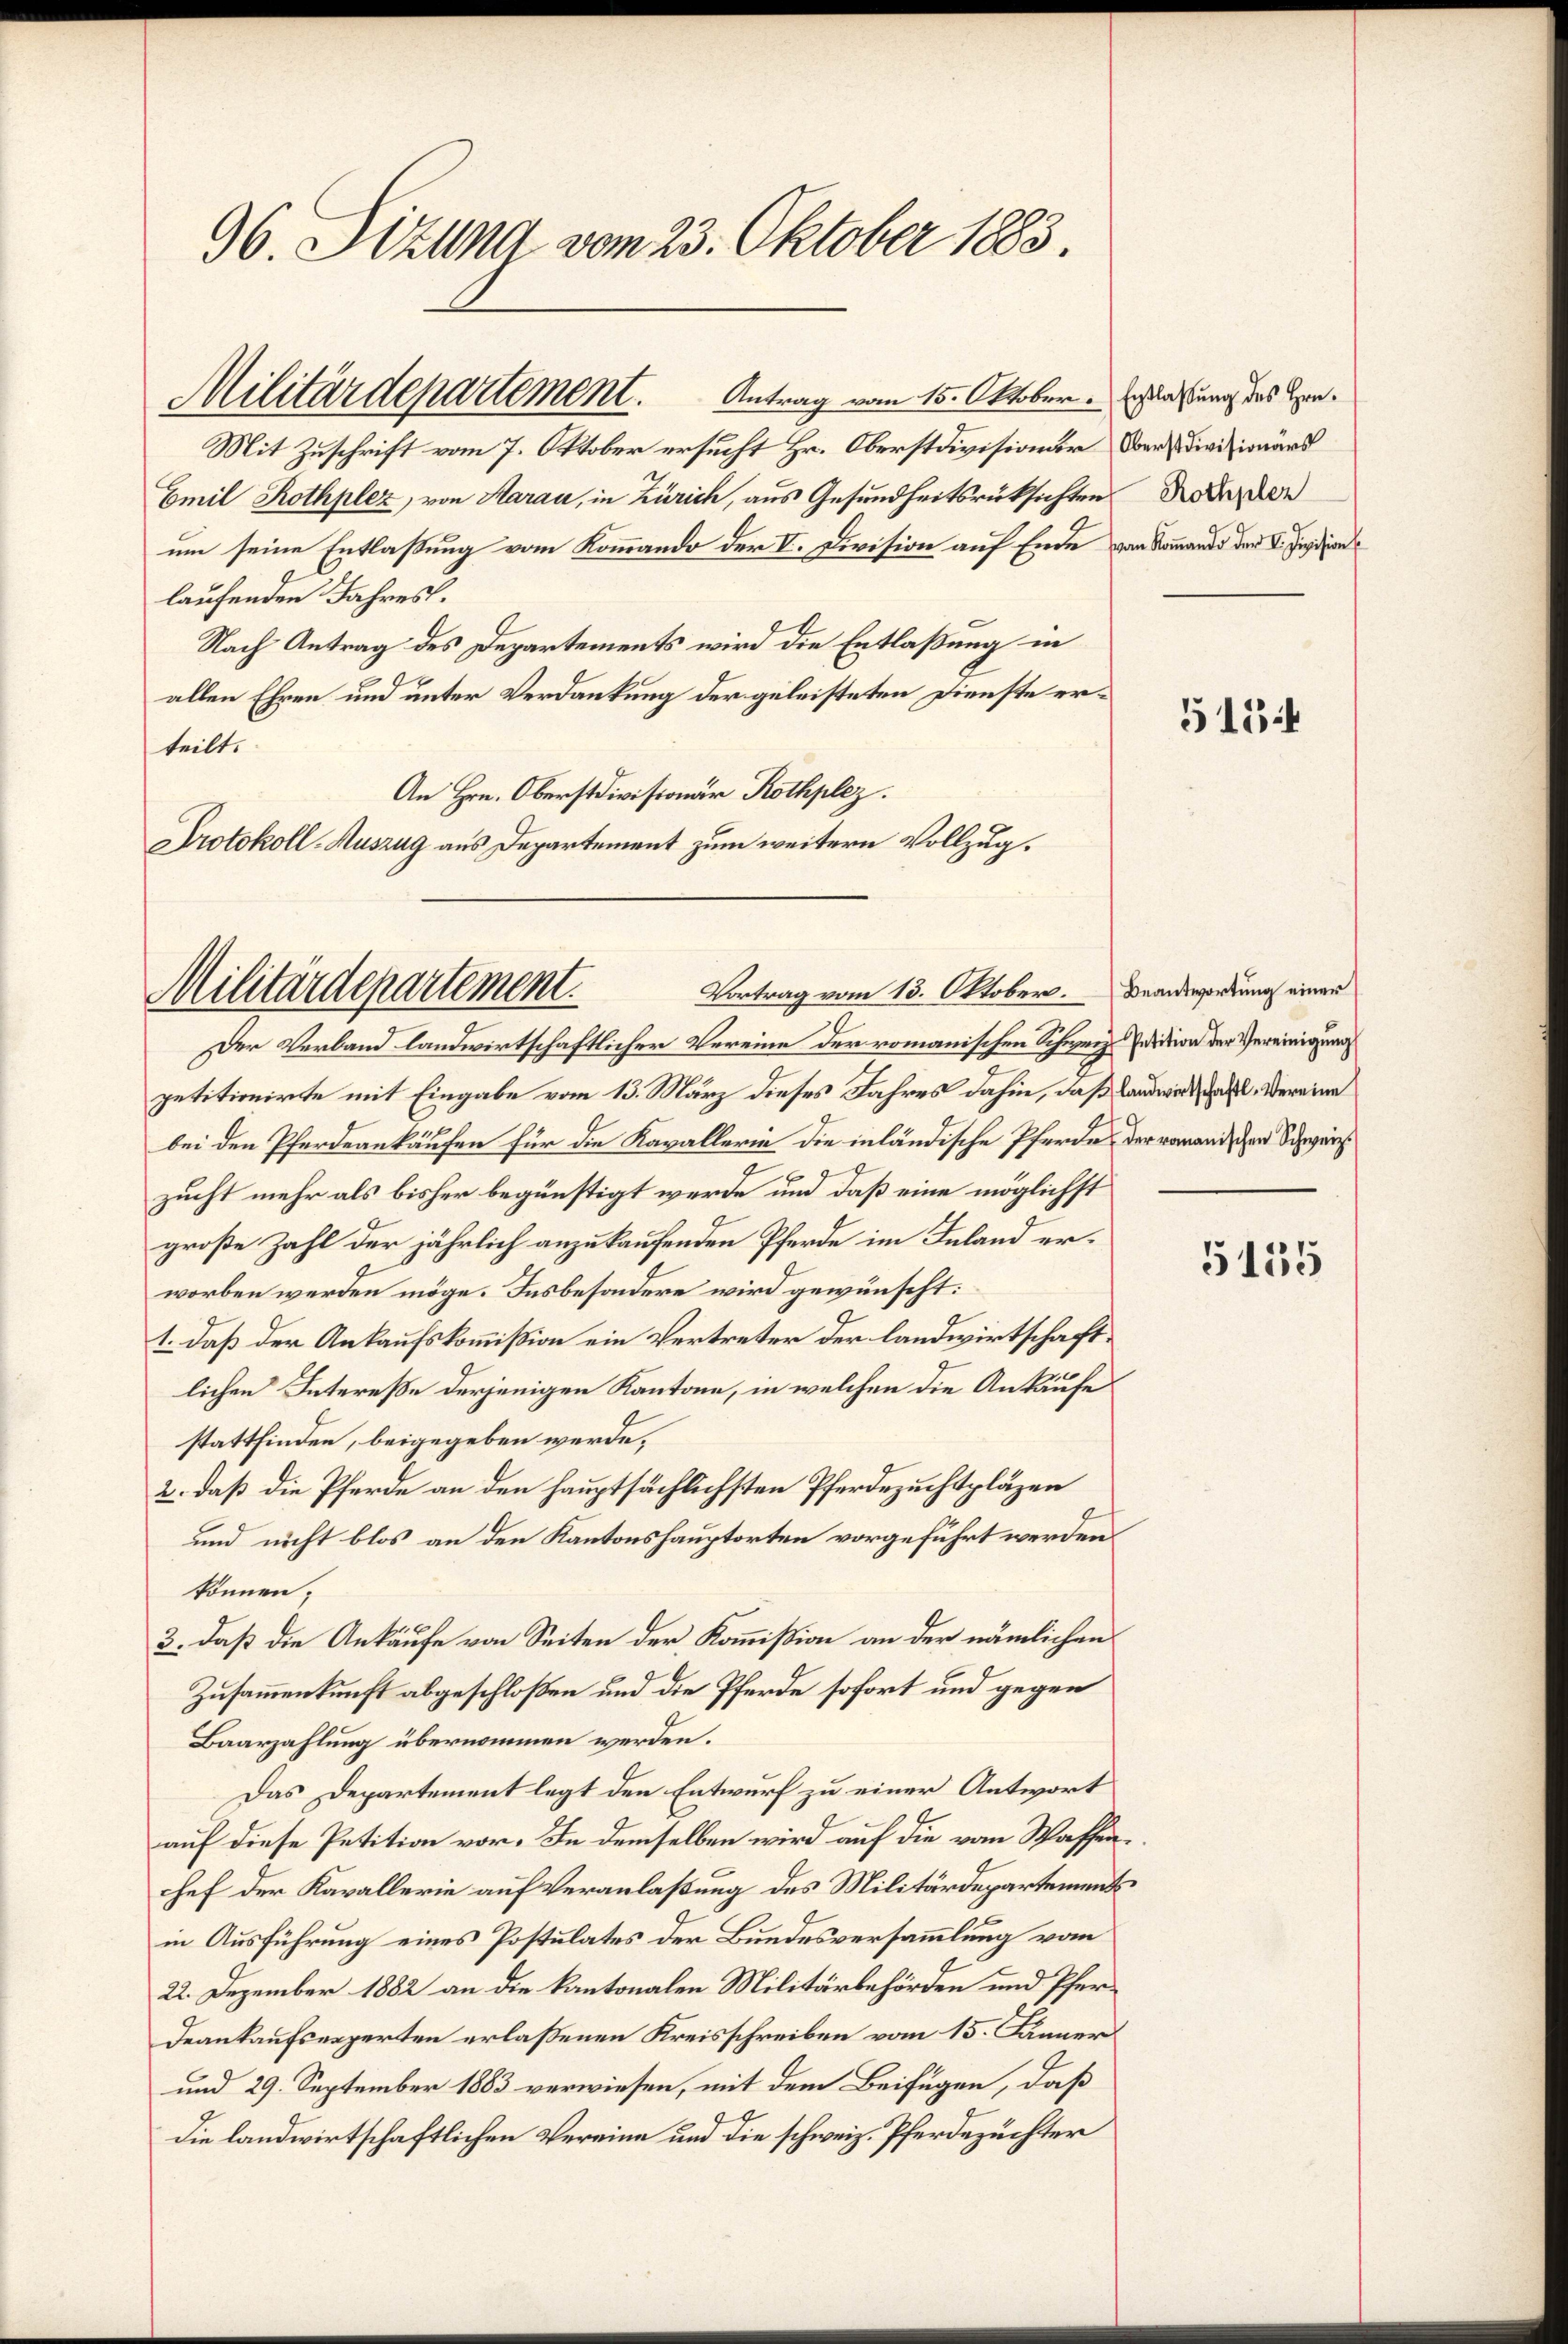
96. Sitzung vom 23. Oktober 1883.

Emil Rothplez, von Aarau, in Zürich, aus Gesundheitsrücksichten Todeser
um seine Entlaßung vom Kommando der V. Division auf Ende von Sommandi der V. Jusizion
laufenden Jahres.
Nach Antrag des Departements wird die Entlaßung in
allen Ehren und unter Verdankung der geleisteten Dienste erteilt.
An Hrn. Oberstdivisionär Rothplez.
Protokoll-Auszug aus Departement zum weitern Vollzug.

Militärdepartement.            Antrag vom 15. Oktober Erlaßung des Ge¬
Mit Zuschrift vom 7. Oktober ersucht Hr. Oberstdivisionar der Divisionärs

Vortrag vom 13. Oktober.
Militärdepartement.
Der Verband landwirtschaftlicher Vereine der romanischen Schwerzeition der Vereinigung

petitionirte mit Eingabe vom 13. März dieses Jahres dahin, daß Landwirt, das Vereine
bei den Pferdeankäufen für die Kavallerin die inländische Pferde der vorandischen Schwarz
7
zucht mehr als bisher begünstigt werde und daß eine möglichst
große Zahl der jährlich anzukaufenden Pferde im Inland erworben werden möge. Insbesondere wird gewünscht:
1. daß der Ankaufskommißion ein Vertreter der landwirtschaftlichen Intereße derjenigen Kantone, in welchen die Ankaufe
stattfinden, beigegeben werde,
2. daß die Pferde an den hauptsächlichsten Pferdezuchtpläzen
und nicht blos an den Kantonshauptorten vorgeführt werden
können;
3. daß die Ankäufe von Seiten der Kommißion an der nämlichen
Zusammenkunft abgeschloßen und die Pferde sofort und gegen
Baarzahlung übernommen werden.
Das Departement legt den Entwurf zu einer Antwort
auf diese Petition vor. In demselben wird auf die von Waffenchef der Kavallerie auf Veranlaßung des Militärdepartement
in Ausführung eines Postulates der Bundesversammlung vom
22. Dezember 1882 an die kantonalen Militärbehörden und Pfer¬
Deankaufsexperten erlaßenen Kreisschreiben vom 15. Jänner
und 29. September 1883 verwiesen, mit dem Beifügen, daß
die landwirtschaftlichen Vereine und die schweiz. Pferdezüchter

5154

Beantwortung einer

5155